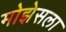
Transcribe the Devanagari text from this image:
मोझेसला